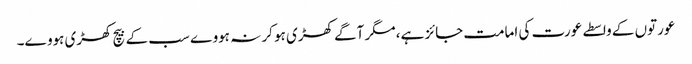
عورتوں کے واسطے عورت کی امامت جائز ہے، مگر آگے کھڑی ہو کر نہ ہووے سب کے بیچ کھڑی ہووے۔